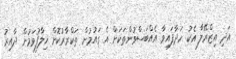
އަދި އިޒްރޭލާ އެކު ހަދާފައިވާ އެއްބަސްވުންތަކަށް އެ ގައުުމުން ތަކްރާރުކޮށް ޚިލާފުވަމުން ދާއިރު